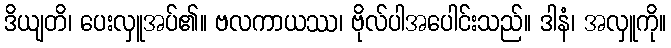
ဒိယျတိ၊ ပေးလှူအပ်၏။ ဗလကာယဿ၊ ဗိုလ်ပါအပေါင်းသည်။ ဒါနံ၊ အလှူကို။